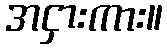
အငှားကား။